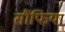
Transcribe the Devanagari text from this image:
सौंफिया